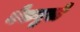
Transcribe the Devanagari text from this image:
नैकवुर्स्टे